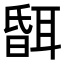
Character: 𦖞